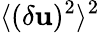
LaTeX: \langle{(\delta\mathbf{u})^{2}}\rangle^{2}